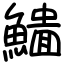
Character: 𩻨